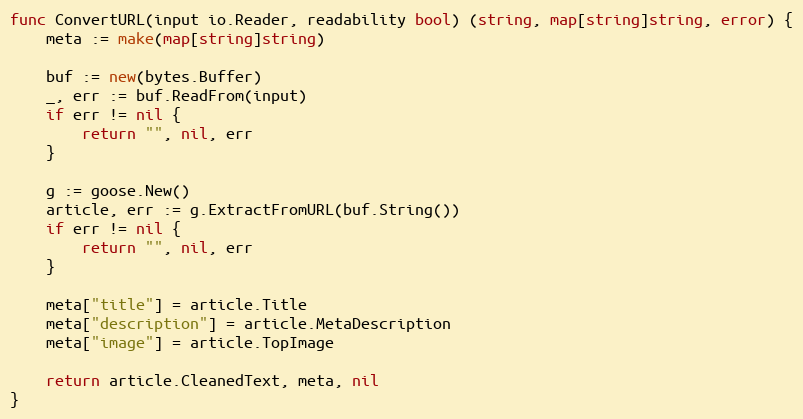
Language: Go
func ConvertURL(input io.Reader, readability bool) (string, map[string]string, error) {
	meta := make(map[string]string)

	buf := new(bytes.Buffer)
	_, err := buf.ReadFrom(input)
	if err != nil {
		return "", nil, err
	}

	g := goose.New()
	article, err := g.ExtractFromURL(buf.String())
	if err != nil {
		return "", nil, err
	}

	meta["title"] = article.Title
	meta["description"] = article.MetaDescription
	meta["image"] = article.TopImage

	return article.CleanedText, meta, nil
}